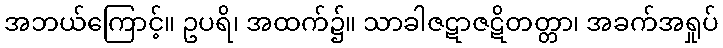
အဘယ်ကြောင့်။ ဥပရိ၊ အထက်၌။ သာခါဇဋာဇဋိတတ္တာ၊ အခက်အရှုပ်